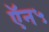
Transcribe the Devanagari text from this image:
ऍन५